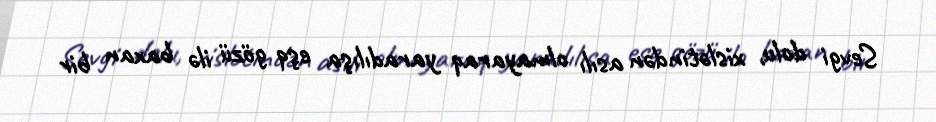
Sevgi dolu, xislətindən asılı olmayaraq yaradılışa eşq gözü ilə baxan bir